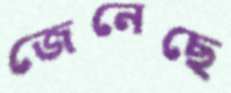
জেনেছে